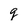
Character: q